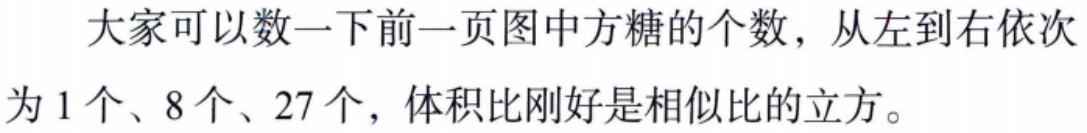
大家可以数一下前一页图中方糖的个数，从左到右依次为 1 个、8 个、27 个，体积比刚好是相似比的立方。